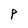
Character: P